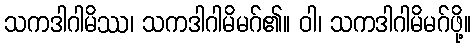
သကဒါဂါမိဿ၊ သကဒါဂါမိမဂ်၏။ ဝါ၊ သကဒါဂါမိမဂ်ဖို့။